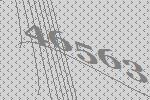
46563